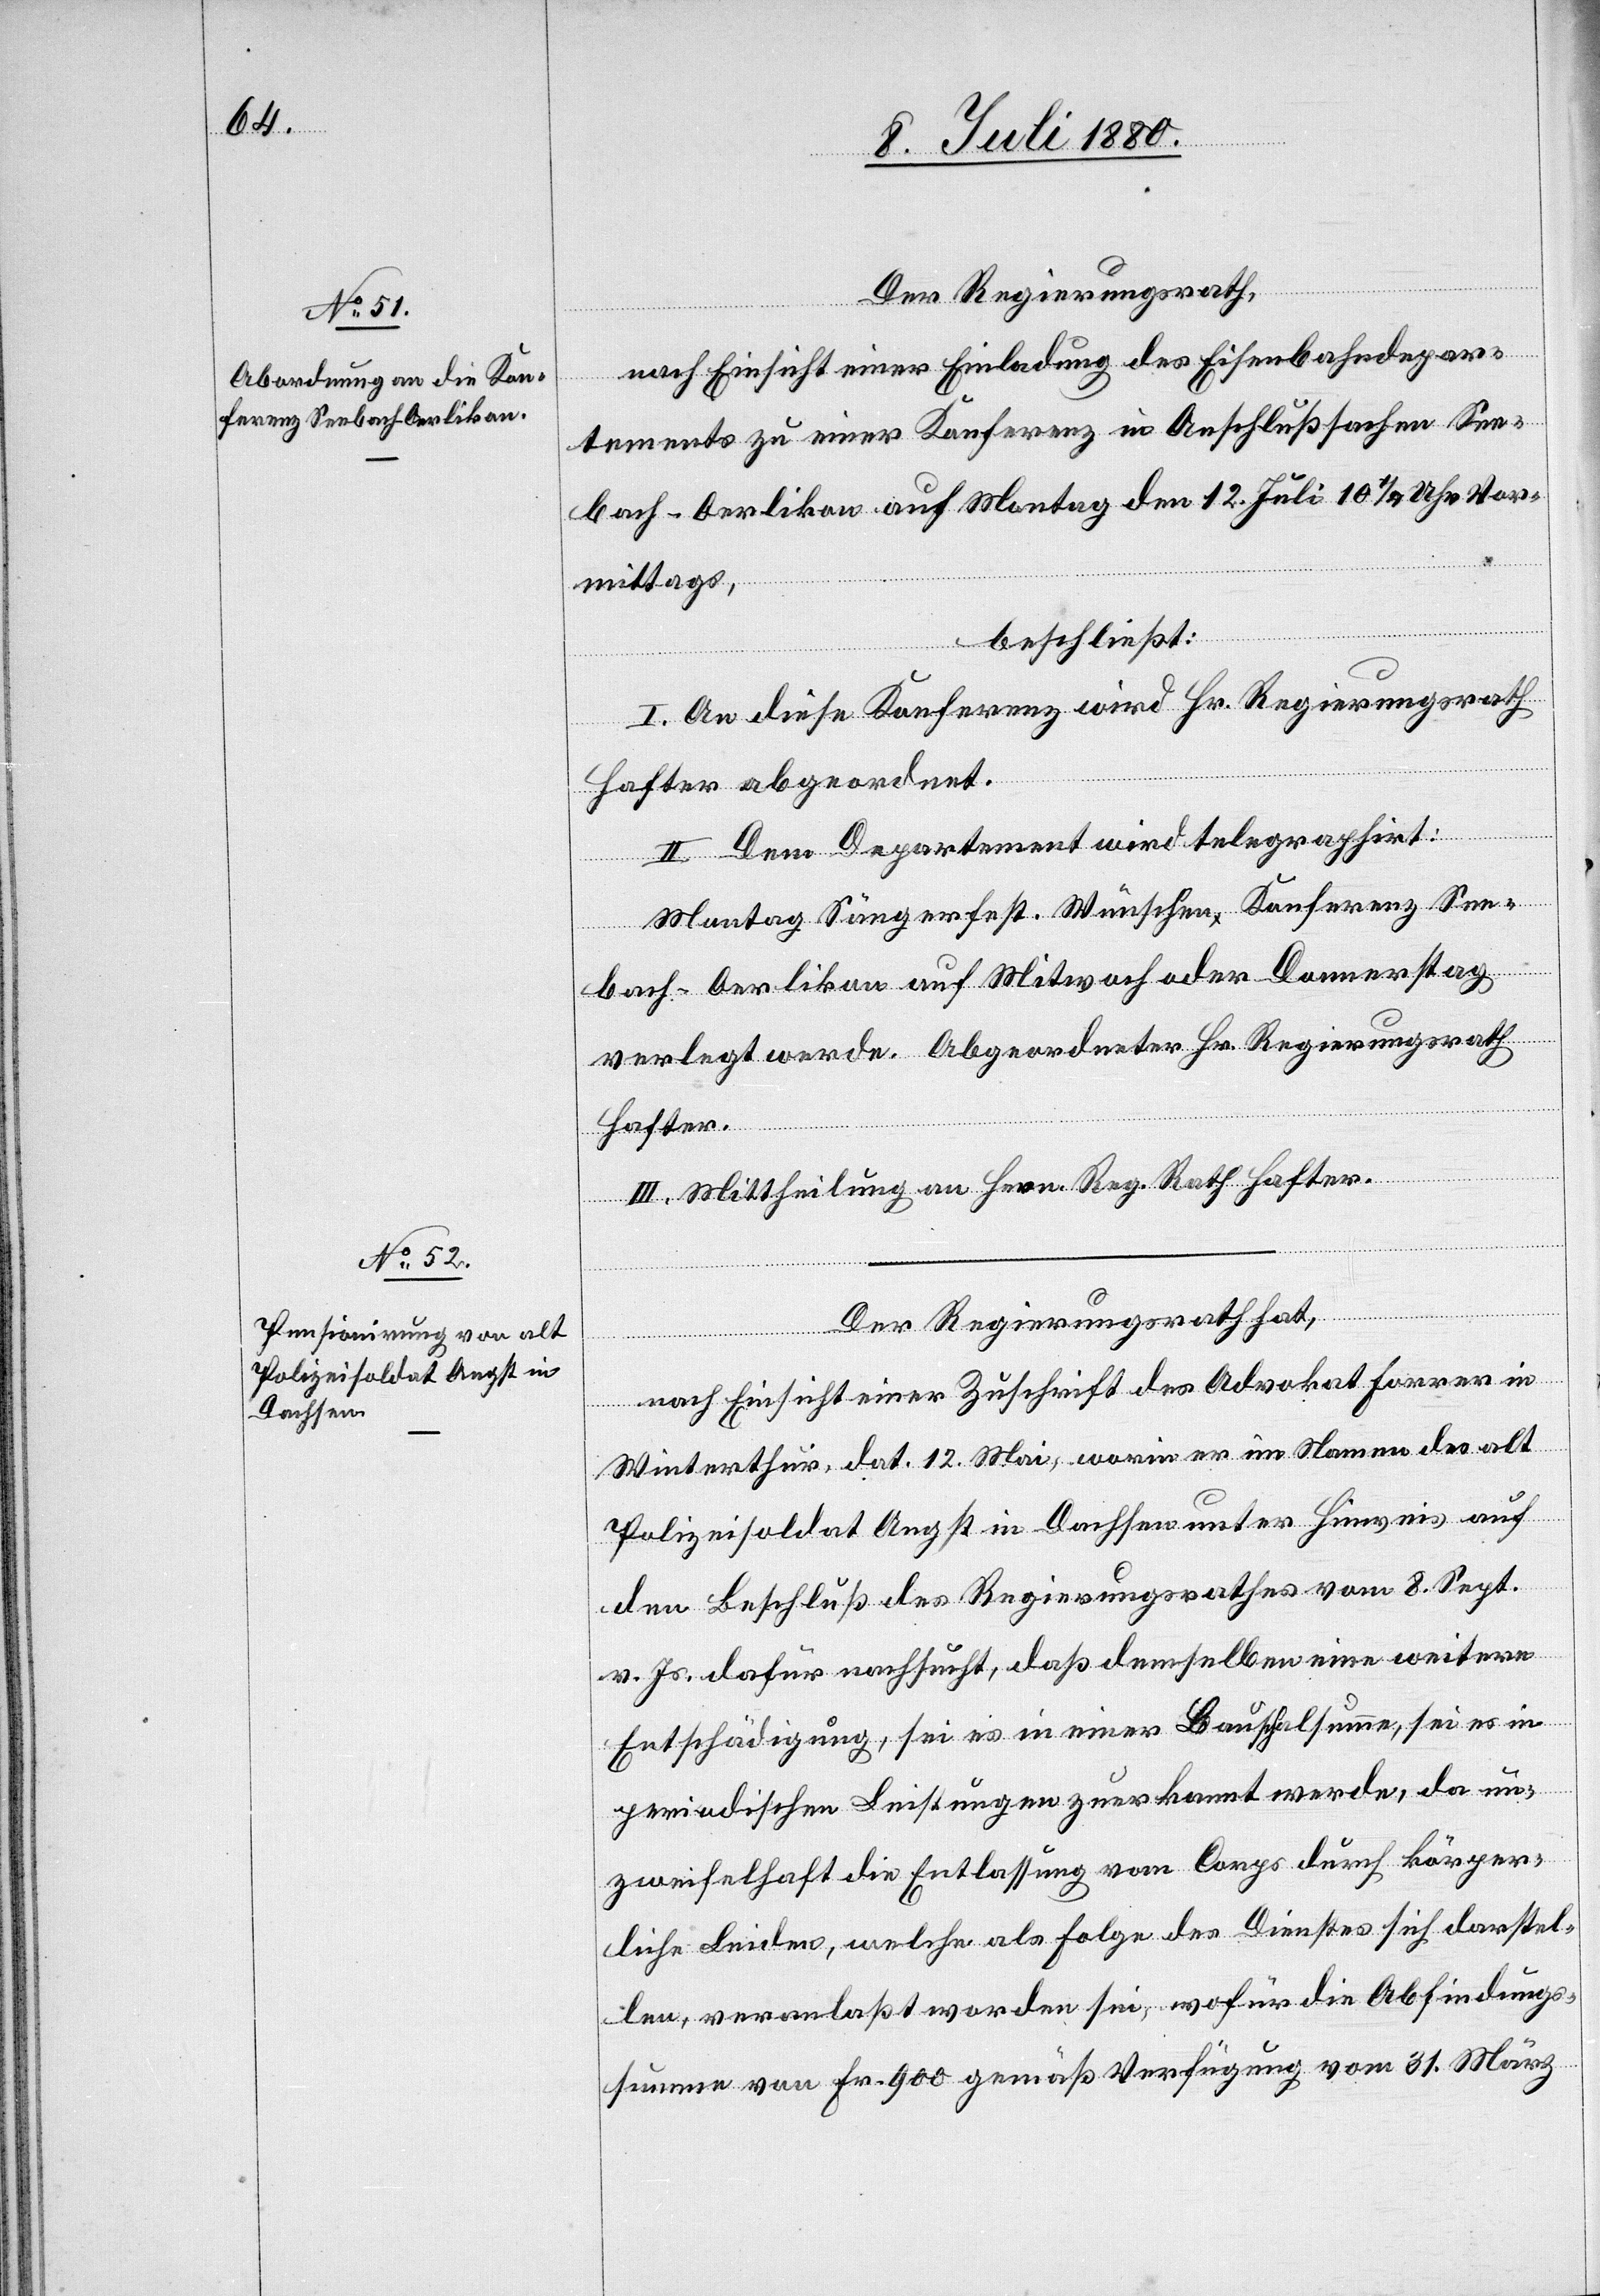
Der Regierungsrath,
nach Einsicht einer Einladung des Eisenbahndepar¬
tements zu einer Konferenz in Anschlußsachen See¬
bach–Oerlikon auf Montag den 12. Juli 10 1/4 Uhr Vor¬
mittags,
beschließt:
I. An diese Konferenz wird Hr. Regierungsrath
Hafter abgeordnet.
II. Dem Departement wird telegraphirt:
Montag Sängerfest. Wünschen Konferenz See¬
bach–Oerlikon auf Mitwoch [sic!] oder Donnerstag
verlegt werde. Abgeordneter Hr. Regierungsrath
Hafter.
III. Mittheilung an Hern. Reg. Rath Hafter.
Der Regierungsrath hat,
nach Einsicht einer Zuschrift des Advokat Forrer in
Winterthur, dat. 12. Mai, worin er im Namen des alt
Polizeisoldat Angst in Dachsen unter Hinweis auf
den Beschluß des Regierungsrathes vom 8. Sept.
v. Js. dafür nachsucht, daß demselben eine weitere
Entschädigung, sei es in einer Bauschalsumme [sic!], sei es in
periodischen Leistungen zuerkannt werde, da un¬
zweifelhaft die Entlassung vom Corps durch körper¬
liche Leiden, welche als Folge des Dienstes sich darstel¬
len, veranlaßt worden sei, wofür die Abfindungs¬
summe von Fr. 900 gemäß Verfügung vom 31. März